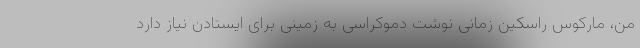
من، مارکوس راسکین زمانی نوشت دموکراسی به زمینی برای ایستادن نیاز دارد